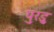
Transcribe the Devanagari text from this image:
पुरडु